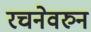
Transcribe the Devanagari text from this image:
रचनेवरुन